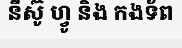
នីស៊ូ ហ្វូ និង កងទ័ព